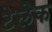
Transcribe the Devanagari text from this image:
टेलेक